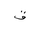
Letter: _qaf